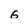
Character: G